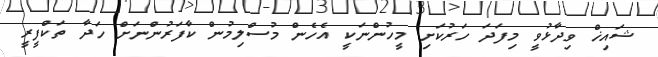
ޝައިޚް ވިދާޅުވީ މިފަދަ ހަރުކަށި މީހުންނަކީ އެހެން މުސްލިމުން ކާފަރުންނަށް ހަދާ ތަކްފީރީ